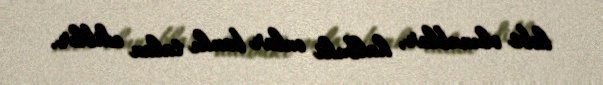
həbs olunublar, halbuki onlar bankı talan ediblər.